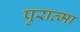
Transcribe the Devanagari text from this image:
पुरात्मा